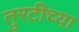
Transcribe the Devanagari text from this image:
तुरटीच्या